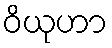
ဝိယုဟာ